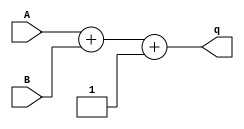
`timescale 1ns / 1ps
//////////////////////////////////////////////////////////////////////////////////
// Company: 
// Engineer: 
// 
// Design Name: 
// Module Name: adder8bit
// Project Name: 
// Target Devices: 
// Tool Versions: 
// Description: 
// 
// Dependencies: 
// 
// Revision:
// Revision 0.01 - File Created
// Additional Comments:
// 
//////////////////////////////////////////////////////////////////////////////////


module adder8bit(
    input [7:0] A,
    input [7:0] B,
    output [7:0] q
    );
    assign q = A+B+1;
endmodule